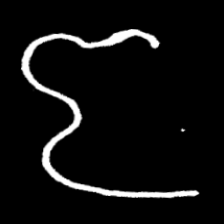
Pyu character \u2014 Myanmar letter: ဇ (romanized: ja)